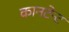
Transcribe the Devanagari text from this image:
कानटेन्‍ट